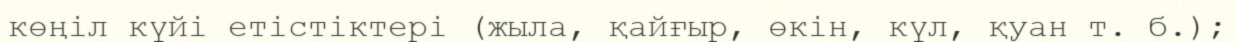
көңіл күйі етістіктері (жыла, қайғыр, өкін, күл, қуан т. б.);